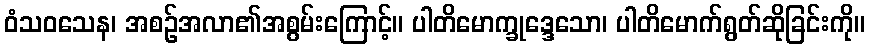
ဝံသဝသေန၊ အစဉ်အလာ၏အစွမ်းကြောင့်။ ပါတိမောက္ခုဒ္ဒေသော၊ ပါတိမောက်ရွတ်ဆိုခြင်းကို။